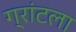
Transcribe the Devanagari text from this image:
ग्रांटला